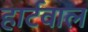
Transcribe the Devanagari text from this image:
हार्टवाल